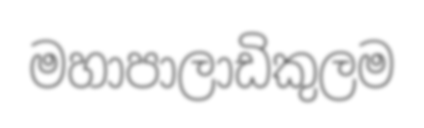
මහාපාලාඩිකුලම